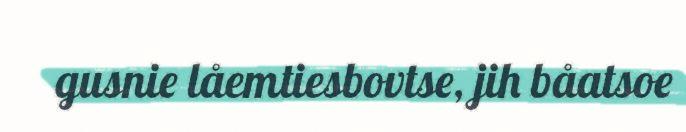
gusnie låemtiesbovtse, jih båatsoe